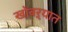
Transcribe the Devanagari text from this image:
खोबऱ्यात